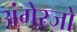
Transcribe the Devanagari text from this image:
अंगे्रजो